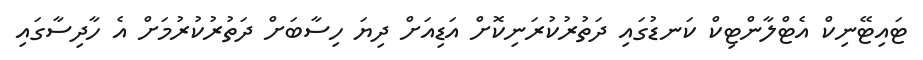
ޓައިޓޭނިކް އެޓްލާންޓިކް ކަނޑުގައި ދަތުރުކުރަނިކޮށް އަޑިއަށް ދިޔަ ހިސާބަށް ދަތުރުކުރުމަށް އެ ހާދިސާގައި